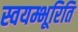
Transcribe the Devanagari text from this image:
स्वयम्भूरिति